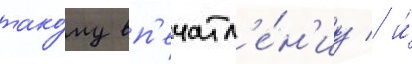
тако́му вп'ечатл'е́н'иу / и́